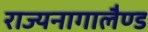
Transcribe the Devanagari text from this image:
राज्यनागालैण्ड